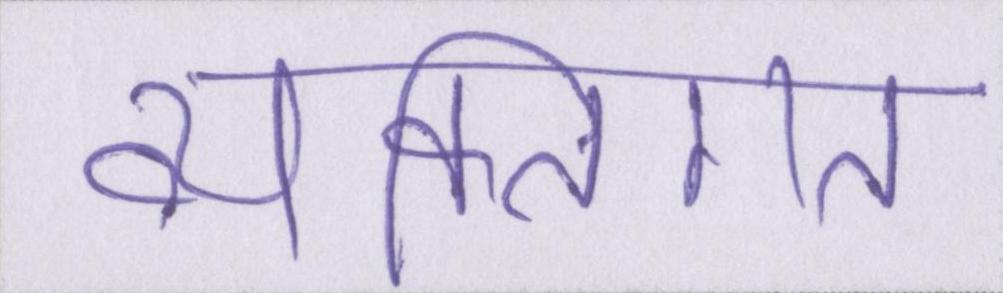
व्यक्तिगत